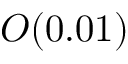
O ( 0 . 0 1 )